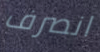
انصرف